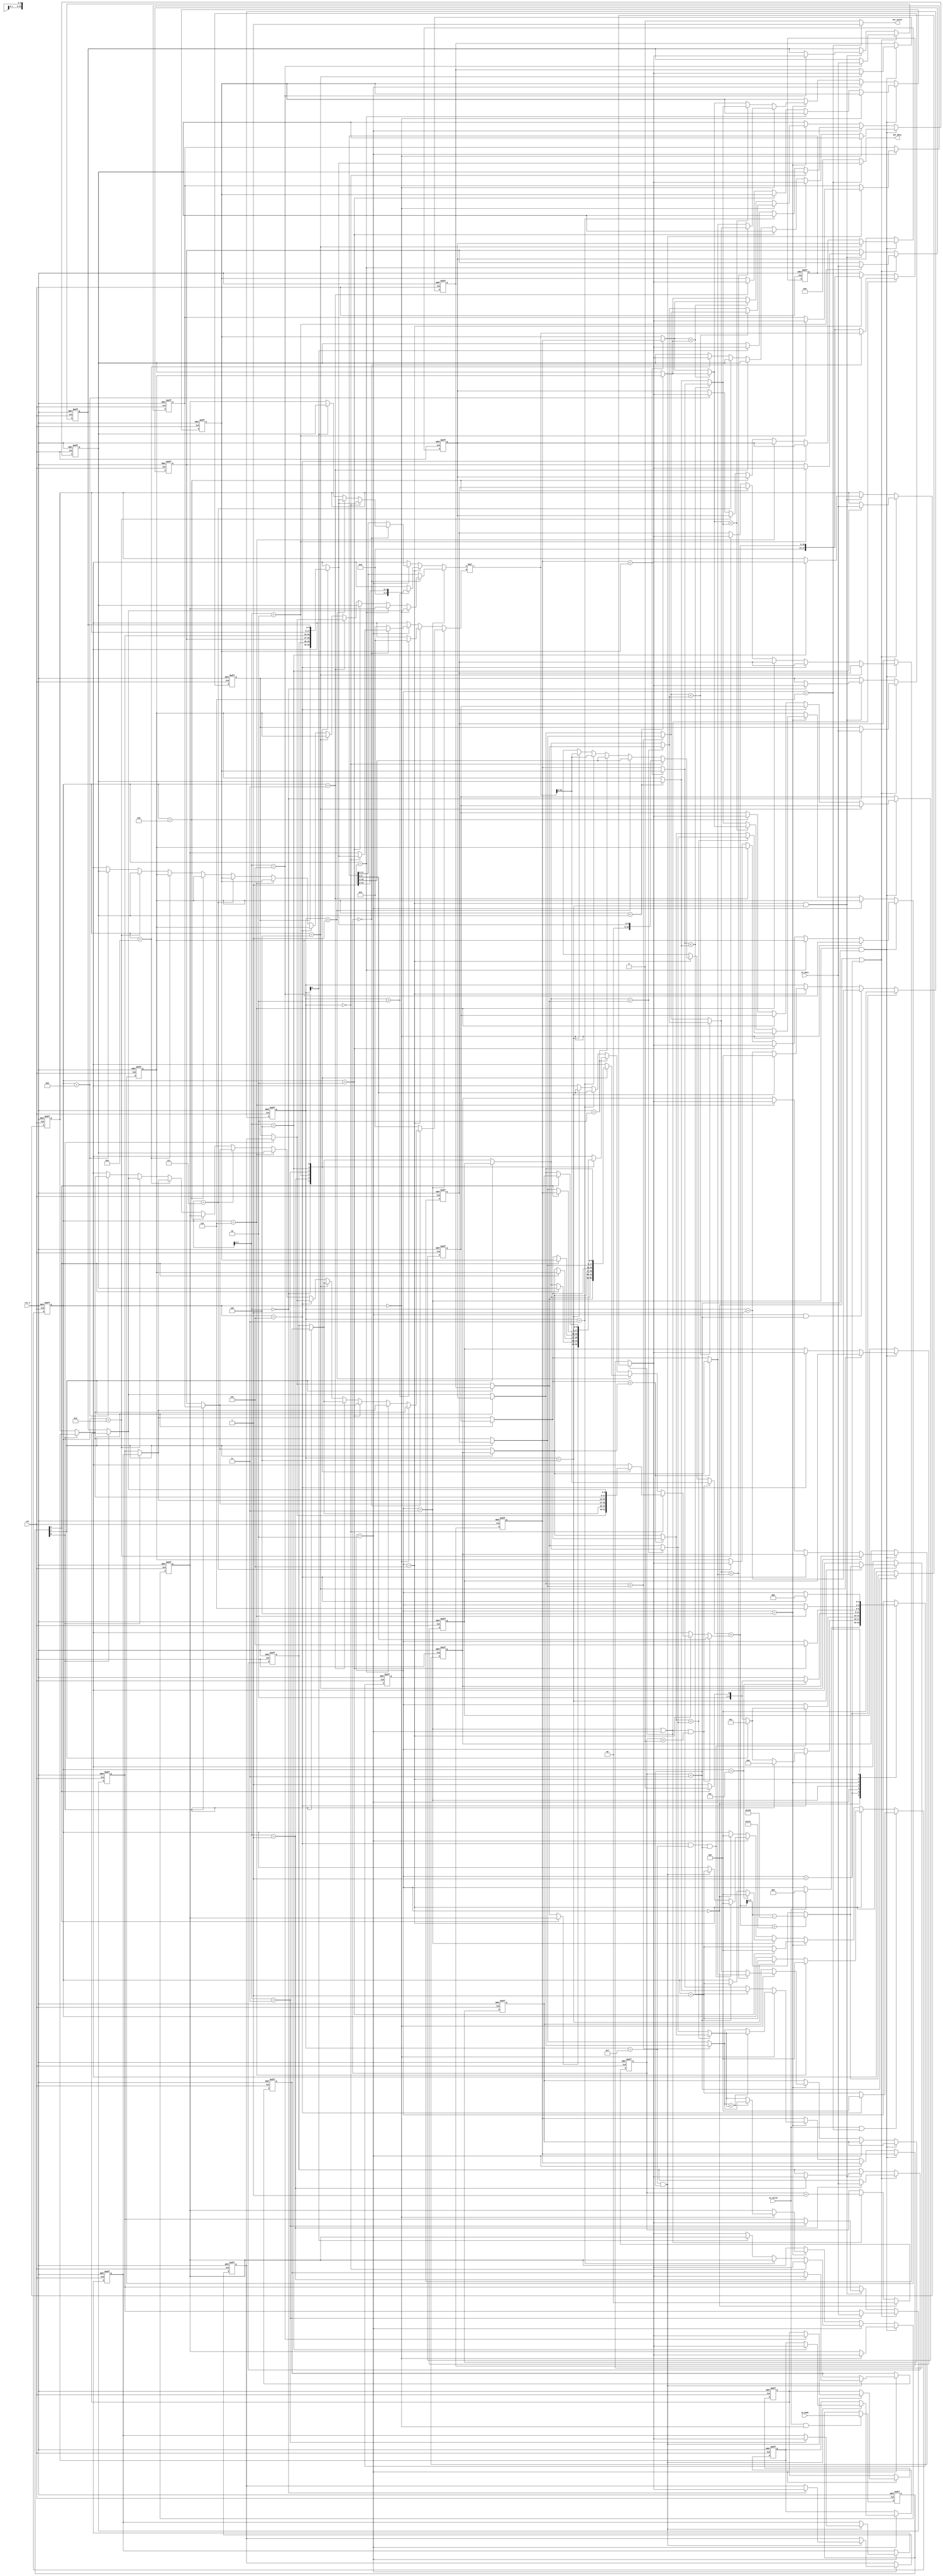
module SP(
	// Input signals
	clk,
	rst_n,
	in_valid,
	in_data,
	in_mode,
	// Output signals
	out_valid,
	out_data
);

//---------------------------------------------------------------------
//   INPUT AND OUTPUT DECLARATION                         
//---------------------------------------------------------------------
input clk, rst_n, in_valid;
input [2:0] in_mode;
input [8:0] in_data;
output wire out_valid;
output wire [8:0] out_data;

reg [3:0] all_cnt;

////FSM
/*parameter   ST_IDLE     =   3'b100,//4
            ST_INPUT    =   3'b000,//0
            ST_INV      =   3'b001,//1
            ST_MUL      =   3'b011,//3
            ST_SORT     =   3'b010,//2
            ST_OUT      =   3'b110;//6*/
parameter   ST_IDLE     =   3'd0,//4
            ST_INPUT    =   3'd1,//0
            ST_INV      =   3'd2,//1
            ST_MUL      =   3'd3,//3
            ST_SORT     =   3'd4,//2
            ST_ADD      =   3'd5,//6
            ST_OUT      =   3'd6;//6
reg [2:0]   cs;
wire    CS_IDLE = cs == ST_IDLE ;
wire    CS_INPUT= cs == ST_INPUT;
wire    CS_INV  = cs == ST_INV  ;
wire    CS_MUL  = cs == ST_MUL  ;
wire    CS_SORT = cs == ST_SORT ;
wire    CS_ADD  = cs == ST_ADD  ;
wire    CS_OUT  = cs == ST_OUT  ;

////INPUT
reg [8:0] input_arr [5:0];
reg [2:0] mode;

integer i;
////INV
reg [8:0] inv_arr [5:0];
reg [8:0] inv_sel [5:0];
always@(*)begin
    if(mode[0])begin
        for(i = 0;i < 6;i = i + 1)begin
            inv_sel[i] = inv_arr[i];
        end
    end else begin
        for(i = 0;i < 6;i = i + 1)begin
            inv_sel[i] = input_arr[i];
        end
    end
end
reg [3:0] inv_cnt;

////MULT
reg [1:0] mul_cnt;
reg [8:0] mult_arr [5:0];
reg [8:0] mult_sel [5:0];
always@(*)begin
    if(mode[1])begin
        for(i = 0;i < 6;i = i + 1)begin
            mult_sel[i] = mult_arr[i];
        end
    end else begin
        for(i = 0;i < 6;i = i + 1)begin
            mult_sel[i] = inv_sel[i];
        end
    end
end

////SORT
reg [8:0] sort_arr [5:0];
reg [8:0] sort_sel [5:0];
always@(*)begin
    if(mode[2])begin
        for(i = 0;i < 6;i = i + 1)begin
            sort_sel[i] = sort_arr[i];
        end
    end else begin
        for(i = 0;i < 6;i = i + 1)begin
            sort_sel[i] = mult_sel[i];
        end
    end
end

////ADD
reg [10:0] add_in1;
reg [8:0] add_in2;
wire[10:0] add_out;

////MUL
reg [8:0] mul_in1;
reg [8:0] mul_in2;
wire[17:0]mul_out;
//wire [10:0] mul_pa1;
//wire [9:0]  mul_pa2;
//wire [8:0]  mul_pa3;
//wire [8:0]  mul_pa4;

reg [17:0]tmp_result;
reg [8:0] result;
////OUTPUT
//reg [2:0] add_cnt;
//reg [10:0] output_arr [5:0];

///////////
//  FSM  //
///////////
wire inv_last = all_cnt == 'd5 && inv_cnt == 15 && mul_cnt == 3;
always@(posedge clk or negedge rst_n) begin
    if(!rst_n)
        cs <= ST_IDLE;
    else begin
        case(cs)
            ST_IDLE:    if(in_valid)   cs <= ST_INPUT;
            ST_INPUT:   if(all_cnt == 5) begin
                            if(mode[0])
                                cs <= ST_INV;
                            else if(mode[1])
                                cs <= ST_MUL;
                            else if(mode[2])
                                cs <= ST_SORT;
                            else
                                cs <= ST_ADD;
                        end
            ST_INV:     if(inv_last) begin
                            if(mode[1])
                                cs <= ST_MUL;
                            else if(mode[2])
                                cs <= ST_SORT;
                            else
                                cs <= ST_ADD;
                        end

            ST_MUL:     if(all_cnt == 'd12) begin
                            if(mode[2])
                                cs <= ST_SORT;
                            else
                                cs <= ST_ADD;
                        end

            ST_SORT:     if(all_cnt == 'd2) cs <= ST_ADD;

            ST_ADD:     if(all_cnt == 'd6) cs <= ST_OUT;
            ST_OUT:     if(all_cnt == 'd5) cs <= ST_IDLE; 
            
        endcase
    end 
end

/////////////
//  INPUT  //
/////////////
always@(posedge clk or negedge rst_n) begin
    if(!rst_n)
        all_cnt <= 'd0;
    else if(in_valid||CS_OUT) begin
        if(all_cnt == 'd5)
            all_cnt <= 'd0;
        else
            all_cnt <= all_cnt + 1;
    end else if(CS_ADD) begin
        if(all_cnt == 'd6)
            all_cnt <= 'd0;
        else if(inv_cnt == 'd4)
            all_cnt <= all_cnt + 1;
    end else if(CS_SORT) begin
        if(all_cnt == 'd2)
            all_cnt <= 'd0;
        else
            all_cnt <= all_cnt + 1;
    end else if(CS_MUL) begin
        if(all_cnt == 'd12)
            all_cnt <= 'd0;
        else if(mul_cnt == 'd3)
            all_cnt <= all_cnt + 1;
    end else if(CS_INV) begin
        if(inv_last)
            all_cnt <= 'd0;
        else if(inv_cnt == 'd15 && mul_cnt == 3)
            all_cnt <= all_cnt + 1;
    end else if(CS_IDLE)
        all_cnt <= 'd0;
end

always@(posedge clk or negedge rst_n) begin
    if(!rst_n) begin
        for(i = 0;i < 6;i = i + 1)begin
            input_arr[i] <= 'd0;
        end
    end else if(CS_IDLE || CS_INPUT) begin
        input_arr[all_cnt] <= in_data;
    end else if(CS_ADD && inv_cnt == 4) begin
        input_arr[all_cnt] <= result;
    end
end
always@(posedge clk or negedge rst_n) begin
    if(!rst_n) begin
        mode <= 'd0;
    end else if(in_valid && all_cnt == 'd0) begin
        mode <= in_mode;
    end
end
///////////
//  inv  //
///////////
always@(posedge clk or negedge rst_n) begin
    if(!rst_n) begin
        for(i = 0;i < 6;i = i + 1)begin
            inv_arr[i] <= 'd0;
        end
    end else if(CS_INV) begin
        if(inv_cnt == 'd15 && mul_cnt == 3)
            inv_arr[all_cnt] <= result;
    end
end

////////////
//  MULT  //
////////////
always@(posedge clk or negedge rst_n) begin
    if(!rst_n) begin
        for(i = 0;i < 6;i = i + 1)begin
            mult_arr[i] <= 'd0;
        end
    end else if(CS_MUL && mul_cnt == 'd3) begin
        if(all_cnt == 'd4)
            mult_arr[0] <= result;
        else if(all_cnt == 'd5)
            mult_arr[1] <= result;
        else if(all_cnt == 'd6)
            mult_arr[2] <= result;
        else if(all_cnt == 'd8)
            mult_arr[3] <= result;
        else if(all_cnt == 'd10)
            mult_arr[4] <= result;
        else if(all_cnt == 'd11)
            mult_arr[5] <= result;
    end
end

////////////
//  SORT  //
////////////

reg [8:0] sort_out00,sort_out01,sort_out02,sort_out03,sort_out04,sort_out05;
reg [8:0] sort_out10,sort_out11,sort_out12,sort_out13,sort_out14,sort_out15;
reg [8:0] sort_out20,sort_out21,sort_out22,sort_out23,sort_out24,sort_out25;
reg [8:0] sort_out30,sort_out31,sort_out32,sort_out33,sort_out34,sort_out35;
reg [8:0] sort_out40,sort_out41,sort_out42,sort_out43,sort_out44,sort_out45;
reg [8:0] sort_out50,sort_out51,sort_out52,sort_out53,sort_out54,sort_out55;

always@(posedge clk or negedge rst_n) begin
    if(!rst_n) begin
        for(i = 0;i < 6;i = i + 1)begin
            sort_arr[i] <= 'd0;
        end
    end else if(CS_MUL && mul_cnt == 'd3) begin
        if (all_cnt == 'd0)begin
            sort_arr[0] <= result;
        end else if (all_cnt == 'd1)begin
            sort_arr[1] <= result;
        end else if (all_cnt == 'd2)begin
            sort_arr[2] <= result;
        end else if (all_cnt == 'd3)begin
            sort_arr[3] <= result;
        end else if (all_cnt == 'd7)begin
            sort_arr[2] <= result;
        end else if (all_cnt == 'd9)begin
            sort_arr[1] <= result;
        end
    end else if(CS_INV) begin
        if(inv_cnt == 'd0)begin
//            tmp_arr[1] <= input_arr[all_cnt];
            sort_arr[0] <= result;
        end else if(inv_cnt == 'd3)begin
            sort_arr[1] <= sort_arr[1];
        end else if(inv_cnt[0])begin
            sort_arr[1] <= result;
        end else begin
            sort_arr[0] <= result;
        end
    end else if(CS_SORT) begin
        if(all_cnt == 'd0)begin
            sort_arr[0] <= sort_out20;
            sort_arr[1] <= sort_out21;
            sort_arr[2] <= sort_out22;
            sort_arr[3] <= sort_out23;
            sort_arr[4] <= sort_out24;
            sort_arr[5] <= sort_out25;
        end else begin
//            sort_arr[0] <= sort_out50;
            sort_arr[1] <= sort_out51;
            sort_arr[2] <= sort_out52;
            sort_arr[3] <= sort_out53;
            sort_arr[4] <= sort_out54;
//            sort_arr[5] <= sort_out55;
        end
    end
end

always@(*)begin
    if(mult_sel[1] < mult_sel[0])begin//AB
        sort_out00 = mult_sel[1];
        sort_out01 = mult_sel[0];
    end else begin
        sort_out00 = mult_sel[0];
        sort_out01 = mult_sel[1];
    end 
    if(mult_sel[3] < mult_sel[2])begin//CD
        sort_out02 = mult_sel[3];
        sort_out03 = mult_sel[2];
    end else begin
        sort_out02 = mult_sel[2];
        sort_out03 = mult_sel[3];
    end 
    if(mult_sel[5] < mult_sel[4])begin//EF
        sort_out04 = mult_sel[5];
        sort_out05 = mult_sel[4];
    end else begin
        sort_out04 = mult_sel[4];
        sort_out05 = mult_sel[5];
    end
    
    sort_out13 = sort_out03;
    sort_out14 = sort_out04;
    if(sort_out02 < sort_out00)begin//AC
        sort_out10 = sort_out02;
        sort_out12 = sort_out00;
    end else begin
        sort_out10 = sort_out00;
        sort_out12 = sort_out02;
    end 
    if(sort_out05 < sort_out01)begin//BF
        sort_out11 = sort_out05;
        sort_out15 = sort_out01;
    end else begin
        sort_out11 = sort_out01;
        sort_out15 = sort_out05;
    end

    sort_out21 = sort_out11;
    sort_out22 = sort_out12;
    if(sort_out14 < sort_out10)begin//AE
        sort_out20 = sort_out14;
        sort_out24 = sort_out10;
    end else begin
        sort_out20 = sort_out10;
        sort_out24 = sort_out14;
    end 
    if(sort_out15 < sort_out13)begin//DF
        sort_out23 = sort_out15;
        sort_out25 = sort_out13;
    end else begin
        sort_out23 = sort_out13;
        sort_out25 = sort_out15;
    end

//    sort_out30 = sort_arr[0];
//    sort_out35 = sort_arr[5];
    if(sort_arr[2] < sort_arr[1])begin//BC
        sort_out31 = sort_arr[2];
        sort_out32 = sort_arr[1];
    end else begin
        sort_out31 = sort_arr[1];
        sort_out32 = sort_arr[2];
    end 
    if(sort_arr[4]<sort_arr[3])begin//DE
        sort_out33 = sort_arr[4];
        sort_out34 = sort_arr[3];
    end else begin
        sort_out33 = sort_arr[3];
        sort_out34 = sort_arr[4];
    end

//    sort_out40 = sort_arr[0];
//    sort_out45 = sort_arr[5];
    if(sort_out33 < sort_out31)begin//BD
        sort_out41 = sort_out33;
        sort_out43 = sort_out31;
    end else begin
        sort_out41 = sort_out31;
        sort_out43 = sort_out33;
    end 
    if(sort_out34<sort_out32)begin//CE
        sort_out42 = sort_out34;
        sort_out44 = sort_out32;
    end else begin
        sort_out42 = sort_out32;
        sort_out44 = sort_out34;
    end

//    sort_out50 = sort_out40;
    sort_out51 = sort_out41;
    sort_out54 = sort_out44;
//    sort_out55 = sort_out45;
    if(sort_out43 < sort_out42)begin//CD
        sort_out52 = sort_out43;
        sort_out53 = sort_out42;
    end else begin
        sort_out52 = sort_out42;
        sort_out53 = sort_out43;
    end
end

///////////
//  add  //
///////////
always@(*)begin
    if((CS_MUL || CS_INV) && mul_cnt > 0) begin
        add_in1 = mul_out[10:0];
        add_in2 = tmp_result[8:0];
    end else if(CS_ADD) begin
        if(inv_cnt == 0)begin
            add_in1 = input_arr[all_cnt];
            add_in2 = inv_sel[all_cnt];
        end else if(inv_cnt == 1)begin
            add_in1 = tmp_result[10:0];
            add_in2 = mult_sel[all_cnt];
        end else if(inv_cnt == 2)begin
            add_in1 = tmp_result[10:0];
            add_in2 = sort_sel[all_cnt];
        end else if(inv_cnt == 3)begin
            add_in1 = mul_out;
            add_in2 = tmp_result[8:0];
        end else if(inv_cnt == 4)begin
            add_in1 = mul_out;
            add_in2 = tmp_result[8:0];
        end else begin
            add_in1 = 'bx;
            add_in2 = 'bx;
        end
    end else begin
        add_in1 = 'bx;
        add_in2 = 'bx;
    end
end
assign add_out = add_in1 + add_in2;


always@(posedge clk or negedge rst_n) begin
    if(!rst_n)
        tmp_result <= 'd0;
    else if(CS_MUL || CS_INV) begin
        if(mul_cnt == 0) tmp_result <= mul_out;
        else tmp_result <= add_out;
    end else if(CS_ADD) begin
        //if(mul_cnt == 0) tmp_result <= mul_out;
        tmp_result <= add_out;
    end
end
//assign result = (mul_cnt == 3)?(add_out > 508)? add_out - 'd509 : add_out :'dx; 
always@(*)begin
    if(CS_MUL||CS_INV)
        result = (mul_cnt == 3)?(add_out > 508)? add_out - 'd509 : add_out :'dx;
    else if(CS_ADD)
        result = (inv_cnt == 4)?(add_out > 508)? add_out - 'd509 : add_out :'dx;
    else 
        result = 'dx;
end
///////////
//  mul  //
///////////
always@(posedge clk or negedge rst_n) begin
    if(!rst_n)
        mul_cnt <= 'd0;
    else if (CS_IDLE)
        mul_cnt <= 'd0;
    else if (CS_MUL||CS_INV)
        mul_cnt <= mul_cnt + 1;
end

always@(*)begin
    if(CS_MUL) begin
        if(mul_cnt == 0) begin
            if(all_cnt == 'd0)begin
                mul_in1 = inv_sel[5];
                mul_in2 = inv_sel[4];
            end else if (all_cnt == 'd1)begin
                mul_in1 = sort_arr[0];
                mul_in2 = inv_sel[3];
            end else if (all_cnt == 'd2)begin
                mul_in1 = sort_arr[1];
                mul_in2 = inv_sel[2];
            end else if (all_cnt == 'd3)begin
                mul_in1 = inv_sel[0];
                mul_in2 = inv_sel[1];
            end else if (all_cnt == 'd4)begin
                mul_in1 = sort_arr[2];
                mul_in2 = inv_sel[1];
            end else if (all_cnt == 'd5)begin
                mul_in1 = sort_arr[2];
                mul_in2 = inv_sel[0];
            end else if (all_cnt == 'd6)begin
                mul_in1 = sort_arr[3];
                mul_in2 = sort_arr[1];
            end else if (all_cnt == 'd7)begin
                mul_in1 = sort_arr[3];
                mul_in2 = inv_sel[2];
            end else if (all_cnt == 'd8)begin
                mul_in1 = sort_arr[2];
                mul_in2 = sort_arr[0];
            end else if (all_cnt == 'd9)begin
                mul_in1 = sort_arr[2];
                mul_in2 = inv_sel[3];
            end else if (all_cnt == 'd10)begin
                mul_in1 = sort_arr[1];
                mul_in2 = inv_sel[5];
            end else if (all_cnt == 'd11)begin
                mul_in1 = sort_arr[1];
                mul_in2 = inv_sel[4];
            end else begin
                mul_in1 = 'bx;
                mul_in2 = 'bx;
            end
        end else begin
            mul_in1 = tmp_result[17:9];
            mul_in2 = 'd3;
        end
    end else if(CS_ADD) begin
        if(inv_cnt > 2)begin
            mul_in1 = tmp_result[10:9];
            mul_in2 = 'd3;
        end else begin
            mul_in1 = 'bx;
            mul_in2 = 'bx;
        end
    end else if(CS_INV) begin
        if(mul_cnt == 0)begin
            if(inv_cnt == 'd0)begin
                mul_in1 = input_arr[all_cnt];
                mul_in2 = input_arr[all_cnt];
            end else if(inv_cnt == 'd1)begin
                mul_in1 = input_arr[all_cnt];
                mul_in2 = sort_arr[0];
    /*        end else if(inv_cnt == 'd3)begin
                mul_in1 = tmp_arr[1];
                mul_in2 = tmp_arr[1];*/
            end else if(inv_cnt[0])begin
                mul_in1 = sort_arr[1];
                mul_in2 = sort_arr[0];
            end else begin
                mul_in1 = sort_arr[0];
                mul_in2 = sort_arr[0];
            end
        end else begin
            mul_in1 = tmp_result[17:9];
            mul_in2 = 'd3;
        end
    end else begin
        mul_in1 = 'bx;
        mul_in2 = 'bx;
    end
end
//always@(posedge clk_mul or negedge rst_n)begin
//    if(!rst_n)begin
//        for(i = 0;i < 4;i = i + 1)begin
//            tmp_arr[i] <= 'd0;
//        end
//    end else if(CS_INV) begin
//        if(inv_cnt == 'd0)begin
////            tmp_arr[1] <= input_arr[all_cnt];
//            tmp_arr[0] <= mul_pa4;
//        end else if(inv_cnt == 'd3)begin
//            tmp_arr[1] <= tmp_arr[1];
//        end else if(inv_cnt[0])begin
//            tmp_arr[1] <= mul_pa4;
//        end else begin
//            tmp_arr[0] <= mul_pa4;
//        end
//    end else begin
//        for(i = 0;i < 4;i = i + 1)begin
//            tmp_arr[i] <= 'bx;
//        end
//    end
//end
//
assign mul_out = mul_in1 * mul_in2;

///////////
//  INV  //
///////////
always@(posedge clk or negedge rst_n) begin
    if(!rst_n)
        inv_cnt <= 'd0;
    else if (CS_INPUT)
        inv_cnt <= 'd0;
    else if (CS_INV && mul_cnt == 3)
        inv_cnt <= inv_cnt + 1;
    else if (CS_ADD)begin
        if(inv_cnt == 'd4) 
            inv_cnt <= 'd0;
        else
            inv_cnt <= inv_cnt + 1;
    end
end

//////////////
//  OUTPUT  //
//////////////
/*always@(posedge clk or negedge rst_n) begin
    if(!rst_n)
        add_cnt <= 'd0;
    else if (CS_INPUT)
        add_cnt <= 'd0;
    else if (CS_ADD)begin
        if(add_cnt == 'd4) 
            add_cnt <= 'd0;
        else
            add_cnt <= add_cnt + 1;
    end
end
*/
assign out_valid =(CS_OUT) ? 'd1 : 'd0;
assign out_data = (CS_OUT) ? input_arr[all_cnt] : 'd0;

//wire clk_out;
//GATED_OR GATED_OUT(.CLOCK(clk),.SLEEP_CTRL(cg_en & !(CS_OUT || CS_OUT2)),.RST_N(rst_n),.CLOCK_GATED(clk_out));
//always@(posedge clk_out or negedge rst_n) begin
//    if(!rst_n) begin
//        out_valid <= 'd0;
//        out_data <= 'd0;
//    end else if(CS_OUT) begin
//        out_valid <= 'd1;
//        out_data <= out_pa3;
//    end else begin
//        out_valid <= 'd0;
//        out_data <= 'd0;
//    end 
//end

endmodule